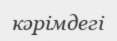
кәрімдегі